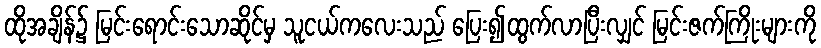
ထိုအချိန်၌ မြင်းရောင်းသောဆိုင်မှ သူငယ်ကလေးသည် ပြေး၍ထွက်လာပြီးလျှင် မြင်းဇက်ကြိုးများကို